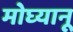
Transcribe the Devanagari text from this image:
मोघ्यानू